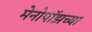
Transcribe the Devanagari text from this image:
मेनोपॉझच्या